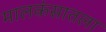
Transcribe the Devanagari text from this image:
मालकंसातला